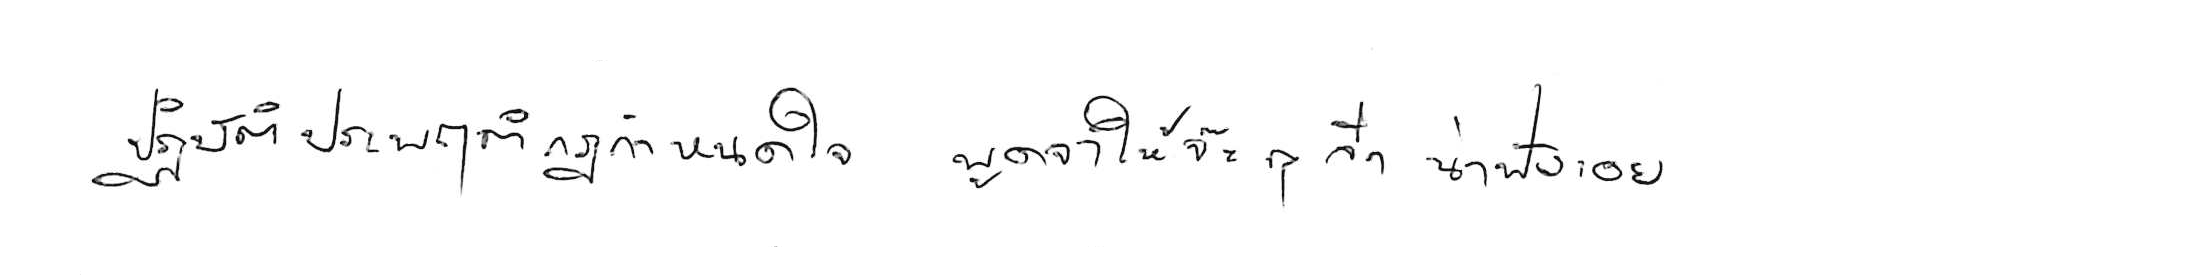
ปฏิบัติประพฤติกฎกำหนดใจ พูดจาให้จ๊ะๆ จ๋า น่าฟังเอยฯ